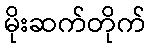
မိုးဆက်တိုက်